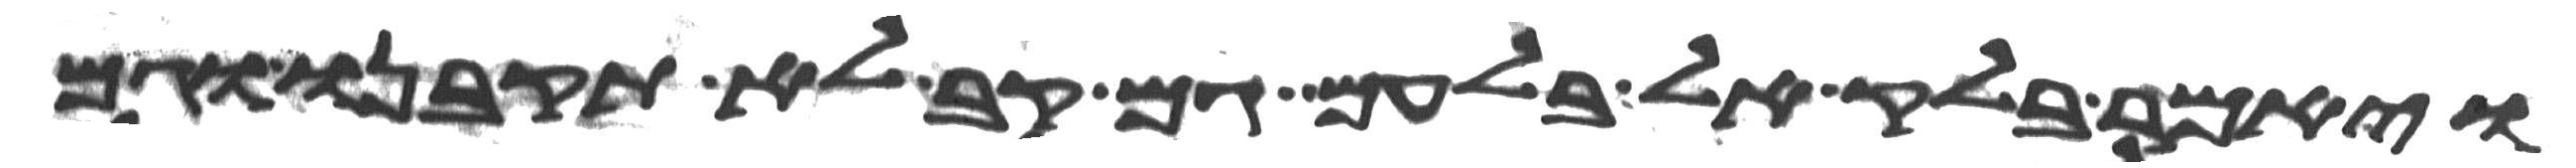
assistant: ויאמר בלק אל בלעם גם קב לא תקבנו וגם